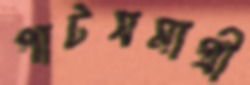
পাটসমাগ্রী